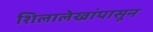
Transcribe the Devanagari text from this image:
शिलालेखांपासून